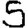
Digit: 5